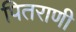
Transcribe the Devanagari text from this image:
पितराणी